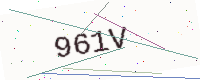
Text: 961V